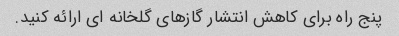
پنج راه برای کاهش انتشار گازهای گلخانه ای ارائه کنید.